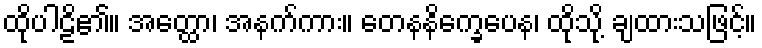
ထိုပါဠိ၏။ အတ္ထော၊ အနက်ကား။ တေနနိက္ခေပေန၊ ထိုသို့ ချထားသဖြင့်။